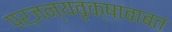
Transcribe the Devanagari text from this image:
पर्जन्यवृक्षाबाबत